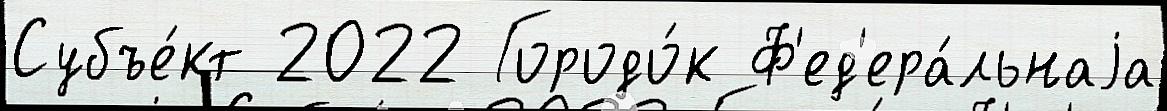
Субъе́кт 2022 Городо́к Ф'ед'ера́льнаjа